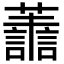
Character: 𮒹